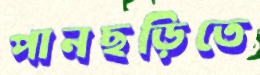
পানছড়িতে